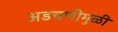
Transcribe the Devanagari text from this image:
अडचणीमुळी